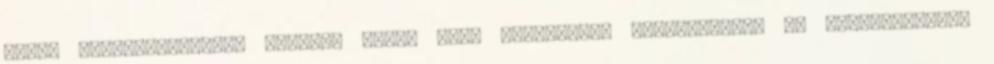
saját egzisztenciájuk mellett egyre több társadalmi felelôsséget is felvállalnak,